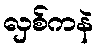
လှစ်ကနဲ